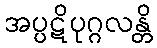
အပ္ပဋိပုဂ္ဂလန္တိ